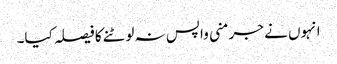
انہوں نے جرمنی واپس نہ لوٹنے کا فیصلہ کیا۔